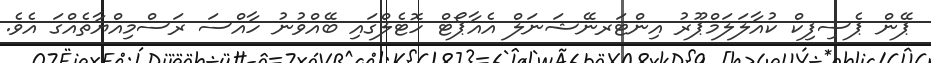
ޕޭން ޕެސިފިކް ކުއާލަލަމްޕޫރު އިންޓަރނޭޝަނަލް އެއާޕޯޓް ހޮޓެލްގައި ބޭއްވުނު ހާއްސަ ރަސްމިއްޔާތެއްގަ އެވެ.